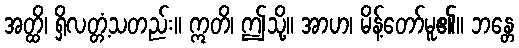
အတ္ထိ၊ ရှိလတ္တံ့သတည်း။ ဣတိ၊ ဤသို့။ အာဟ၊ မိန့်တော်မူ၏။ ဘန္တေ